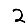
Digit: 2